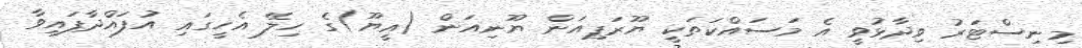
މިނިސްޓަރު ވިދާޅުވީ އެ މަސައްކަތަކީ ޔޫރަޕިއަން ޔޫނިއަން (އީޔޫ)ގެ ހިލޭ އެހީގައި އުފައްދާފައިވާ